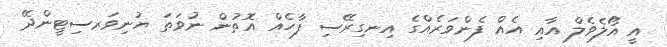
އީ އޯލެވެލް އާއި އެއް ފެންވަރެއްގެ އިނގިރޭސި ފާހެއް އޮތުން ނުވަތަ ޔުނިވަރސިޓީންދޭ